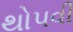
થોપવી